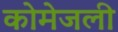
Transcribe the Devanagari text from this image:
कोमेजली